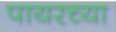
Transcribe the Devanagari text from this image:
पायरच्या